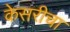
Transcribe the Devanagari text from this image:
केसरीचा